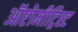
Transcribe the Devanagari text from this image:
ऑप्टोमीट्रिस्ट